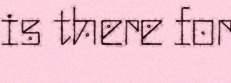
is there for